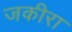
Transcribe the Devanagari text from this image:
जकीरा